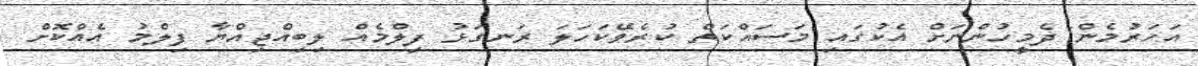
އަހަރުމެން ދެމީހުންނަށް އެކުގައި މަސައްކަތް ކުރެވޭކަހަލަ ރަނގަޅު ފިލްމެއް ލިބިއްޖިއްޔާ ފިލްމު އެއްކޮށް